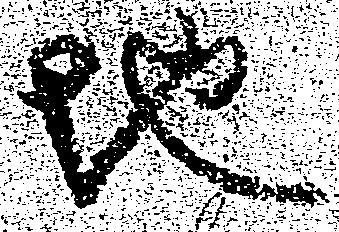
地